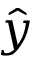
\hat { y }